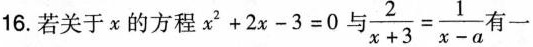
16.若关于x的方程$$x^{2}+2x-3=0$$与$$\frac{2}{x+3}= \frac{1}{x-a}$$有一